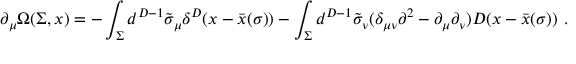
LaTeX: \partial _ { \mu } \Omega ( \Sigma , x ) = - \int _ { \Sigma } d ^ { D - 1 } \tilde { \sigma } _ { \mu } \delta ^ { D } ( x - \bar { x } ( \sigma ) ) - \int _ { \Sigma } d ^ { D - 1 } \tilde { \sigma } _ { \nu } ( \delta _ { \mu \nu } \partial ^ { 2 } - \partial _ { \mu } \partial _ { \nu } ) D ( x - \bar { x } ( \sigma ) ) \ .